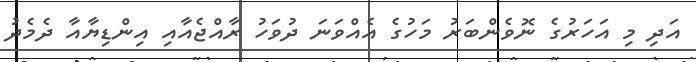
އަދި މި އަހަރުގެ ނޮވެންބަރު މަހުގެ އެއްވަނަ ދުވަހު ރާއްޖެއާއި އިންޑިޔާއާ ދެމެދު